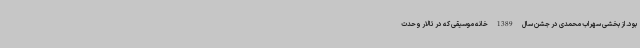
بود. از بخشی سهراب محمدی در جشن سال 1389 خانه موسیقی که در تالار وحدت